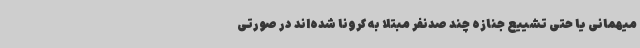
میهمانی یا حتی تشییع جنازه چند صدنفر مبتلا به کرونا شده‌اند در صورتی